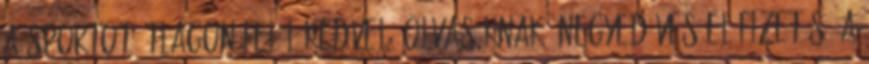
a sportot átlagon felül kedvelő olvasóknak. Negyedéves előfizetés. A